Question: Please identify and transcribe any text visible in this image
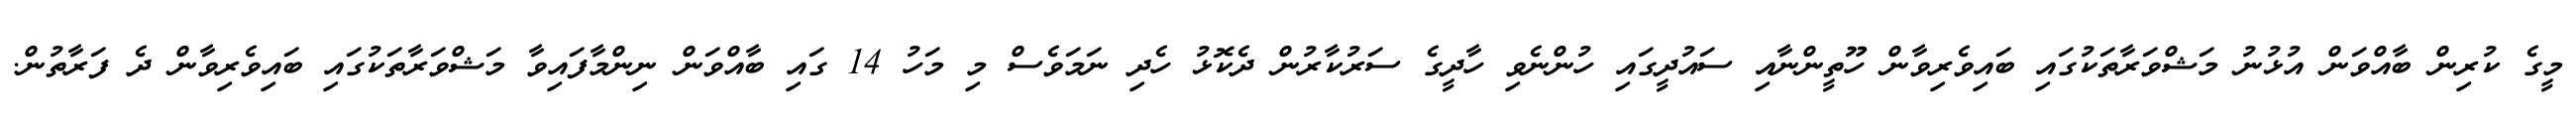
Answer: މީގެ ކުރިން ބާއްވަން އުޅުނު މަޝްވަރާތަކުގައި ބައިވެރިވާން ހޫތީންނާއި ސައުދީގައި ހުންނެވި ހާދީގެ ސަރުކާރުން ދެކޮޅު ހެދި ނަމަވެސް މި މަހު 14 ގައި ބާއްވަން ނިންމާފައިވާ މަޝްވަރާތަކުގައި ބައިވެރިވާން ދެ ފަރާތުން.